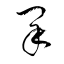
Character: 采